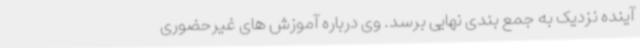
آینده نزدیک‌ به جمع بندی نهایی برسد. وی درباره آموزش های غیرحضوری